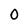
Character: 0